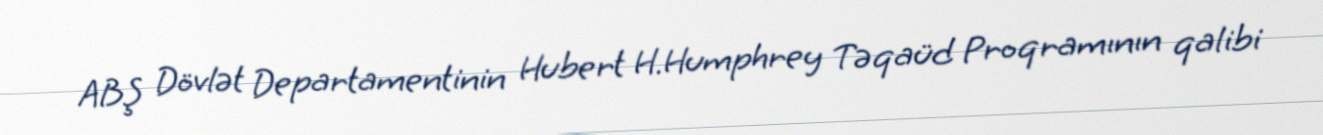
ABŞ Dövlət Departamentinin Hubert H.Humphrey Təqaüd Proqramının qalibi